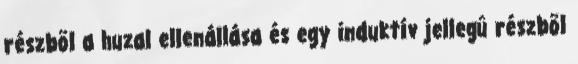
részbõl a huzal ellenállása és egy induktív jellegû részbõl